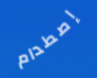
إصطدام